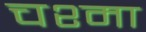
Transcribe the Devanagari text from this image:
चश्‍मा